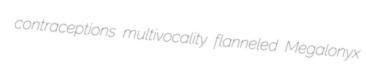
contraceptions multivocality flanneled Megalonyx